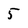
Character: 5